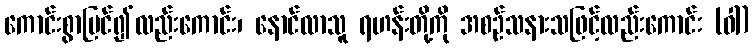
ကောင်းစွာမြင်၍လည်းကောင်း၊ နောင်လာသူ ရဟန်းတို့ကို အစဉ်သနားသဖြင့်လည်းကောင်း (ဝါ)